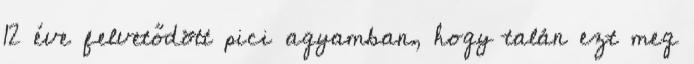
12 éve felvetődött pici agyamban, hogy talán ezt meg